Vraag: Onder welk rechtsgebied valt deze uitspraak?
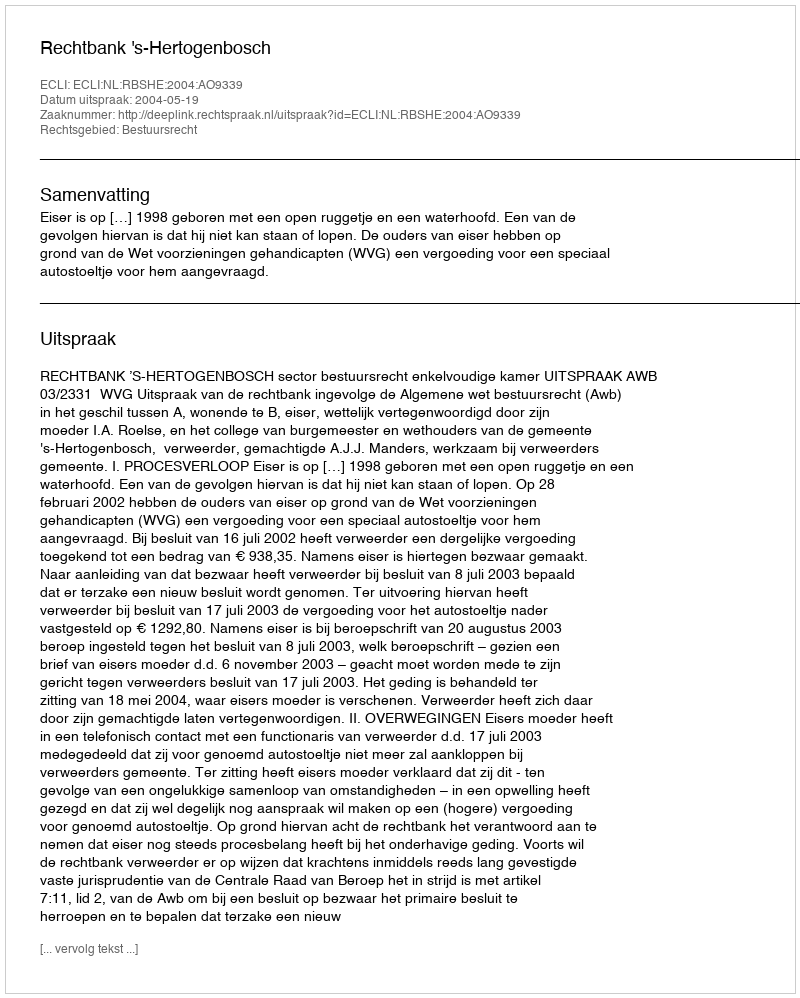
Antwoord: Bestuursrecht